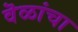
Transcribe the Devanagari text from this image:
वॆळांचा